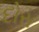
દોરા